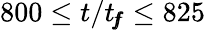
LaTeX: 800\leq t/t_{\! f\! \! f}\leq 825